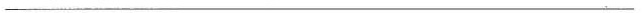
____________________________________